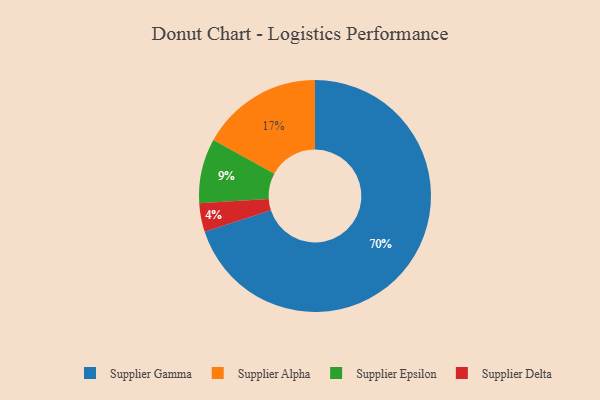
{"axis": {"x": "Category", "y": "Percentage"}, "legend": ["Supplier Alpha", "Supplier Delta", "Supplier Epsilon", "Supplier Gamma"], "data": [{"x": "Supplier Gamma", "y": 70, "type": "Supplier Gamma"}, {"x": "Supplier Epsilon", "y": 9, "type": "Supplier Epsilon"}, {"x": "Supplier Delta", "y": 4, "type": "Supplier Delta"}, {"x": "Supplier Alpha", "y": 17, "type": "Supplier Alpha"}]}